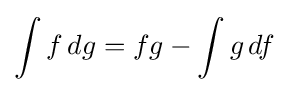
\int f\,dg=fg-\int g\,df